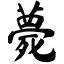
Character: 薨